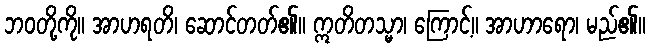
ဘဝတို့ကို။ အာဟရတိ၊ ဆောင်တတ်၏။ ဣတိတသ္မာ၊ ကြောင့်။ အာဟာရော၊ မည်၏။